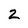
Character: 2